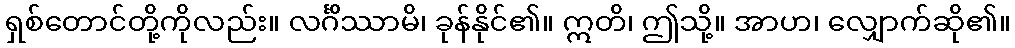
ရှစ်တောင်တို့ကိုလည်း။ လင်္ဂိဿာမိ၊ ခုန်နိုင်၏။ ဣတိ၊ ဤသို့။ အာဟ၊ လျှောက်ဆို၏။